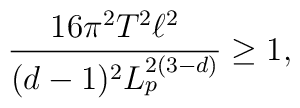
\frac{16 \pi^2 T^2 \ell^2}{(d-1)^2 L_p^{2(3-d)}} \geq 1,